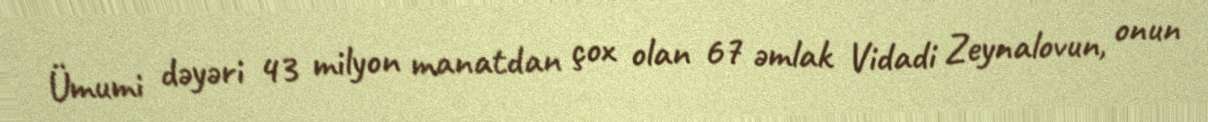
Ümumi dəyəri 43 milyon manatdan çox olan 67 əmlak Vidadi Zeynalovun, onun